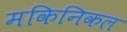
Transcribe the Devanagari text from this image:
मकिनिकल